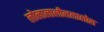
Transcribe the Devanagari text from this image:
लोलालालीललालोल